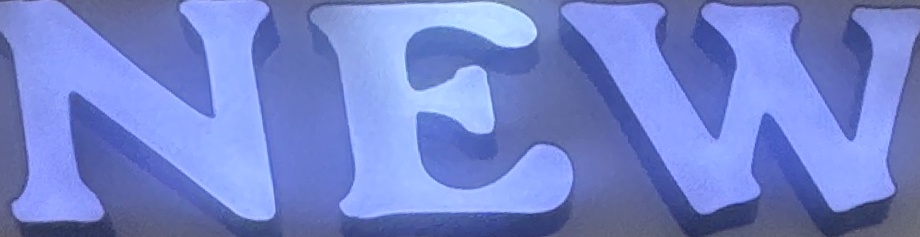
NEW